Indian journal of veterinary science and animal husbandry - Volume 6,
Year: 1936
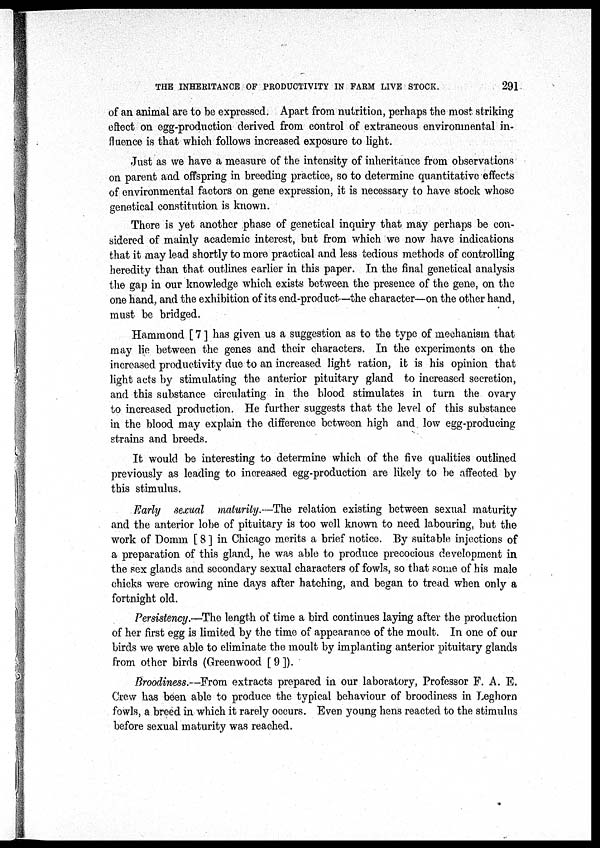
THE INHERITANCE OF PRODUCTIVITY IN FARM LIVE STOCK.
291
of an animal are to be expressed. Apart from nutrition, perhaps the most striking
effect on egg-production derived from control of extraneous environmental in-
fluence is that which follows increased exposure to light.
Just as we have a measure of the intensity of inheritance from observations
on parent and offspring in breeding practice, so to determine quantitative effects
of environmental factors on gene expression, it is necessary to have stock whose
genetical constitution is known.
There is yet another phase of genetical inquiry that may perhaps be con-
sidered of mainly academic interest, but from which we now have indications
that it may lead shortly to more practical and less tedious methods of controlling
heredity than that outlines earlier in this paper. In the final genetical analysis
the gap in our knowledge which exists between the presence of the gene, on the
one hand, and the exhibition of its end-product—the character—on the other hand,
must be bridged.
Hammond [ 7 ] has given us a suggestion as to the type of mechanism that
may lie between the genes and their characters. In the experiments on the
increased productivity due to an increased light ration, it is his opinion that
light acts by stimulating the anterior pituitary gland to increased secretion,
and this substance circulating in the blood stimulates in turn the ovary
to increased production. He further suggests that the level of this substance
in the blood may explain the difference between high and low egg-producing
strains and breeds.
It would be interesting to determine which of the five qualities outlined
previously as leading to increased egg-production are likely to be affected by
this stimulus.
Early sexual maturity.—The relation existing between sexual maturity
and the anterior lobe of pituitary is too well known to need labouring but the
work of Domm [ 8 ] in Chicago merits a brief notice. By suitable injections of
a preparation of this gland, he was able to produce precocious development in
the sex glands and secondary sexual characters of fowls, so that some of his male
chicks were crowing nine days after hatching, and began to tread when only a
fortnight old.
Persistency.—The length of time a bird continues laying after the production
of her first egg is limited by the time of appearance of the moult. In one of our
birds we were able to eliminate the moult by implanting anterior pituitary glands
from other birds (Greenwood [ 9 ]).
Broodiness.—From extracts prepared in our laboratory, Professor F. A. E.
Crew has been able to produce the typical behaviour of broodiness in Leghorn
fowls, a breed in which it rarely occurs. Even young hens reacted to the stimulus
before sexual maturity was reached.